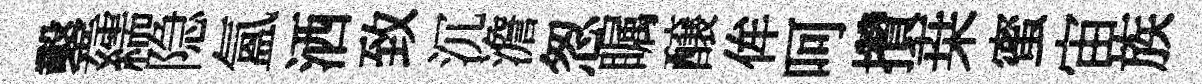
鑿繻隐氲洒致沉澹怱瞩醸侔呵攢桒蜜宙族